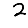
Digit: 2